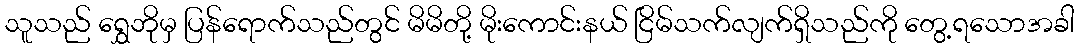
သူသည် ရွှေဘိုမှ ပြန်ရောက်သည်တွင် မိမိတို့ မိုးကောင်းနယ် ငြိမ်သက်လျက်ရှိသည်ကို တွေ့ရသောအခါ